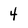
Character: 4